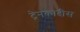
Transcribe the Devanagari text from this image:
ट्रेनकादीस